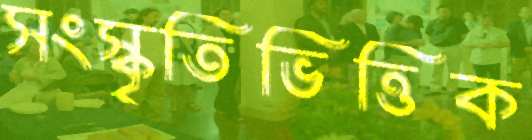
সংস্কৃতিভিত্তিক